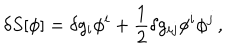
LaTeX: \delta S [ \phi ] = \delta g _ { i } \phi ^ { i } + \frac { 1 } { 2 } \delta g _ { i j } \phi ^ { i } \phi ^ { j } \, ,